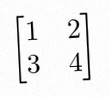
\begin{bmatrix}1&2\\3&4\end{bmatrix}